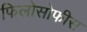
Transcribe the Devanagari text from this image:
फिलोसोफीस